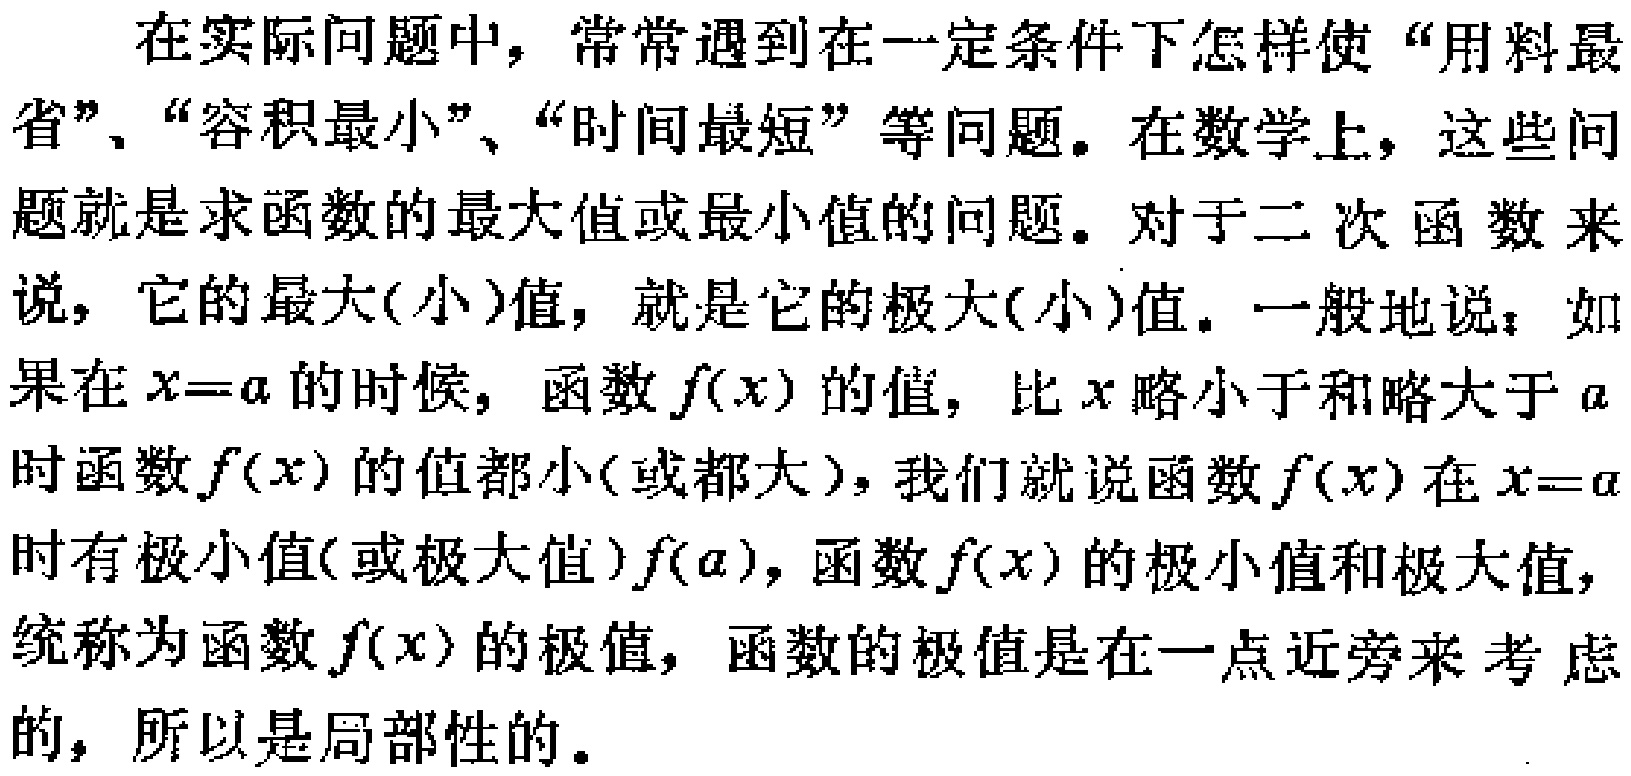
在实际问题中，常常遇到在一定条件下怎样使“用料最省”、“容积最小”、“时间最短”等问题。在数学上，这些问题就是求函数的最大值或最小值的问题。对于二次函数来说，它的最大(小)值，就是它的极大(小)值。一般地说：如果在\(x = a\)的时候，函数\(f(x)\)的值，比\(x\)略小于和略大于\(a\)时函数\(f(x)\)的值都小(或都大)，我们就说函数\(f(x)\)在\(x = a\)时有极小值(或极大值)\(f(a)\)，函数\(f(x)\)的极小值和极大值，统称为函数\(f(x)\)的极值，函数的极值是在一点近旁来考虑的，所以是局部性的。